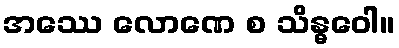
အဿေ လောဏေ စ သိန္ဓဝေါ။